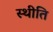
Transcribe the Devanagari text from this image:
स्थीति